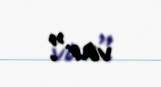
var”.